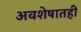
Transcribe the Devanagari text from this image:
अवशेषातही